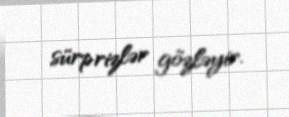
sürprizlər gözləyir.